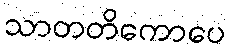
သာတတိကောပေ